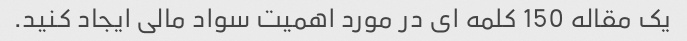
یک مقاله 150 کلمه ای در مورد اهمیت سواد مالی ایجاد کنید.